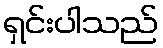
ရှင်းပါသည်